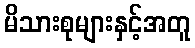
မိသားစုများနှင့်အတူ